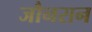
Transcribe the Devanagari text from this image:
जौनसन